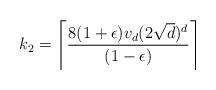
LaTeX: \begin{align*}k_2=\left\lceil \frac{8(1+\epsilon) v_d(2\sqrt{d})^d}{(1-\epsilon)}\right\rceil\end{align*}